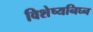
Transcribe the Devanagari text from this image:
विशेष्यनिघ्न